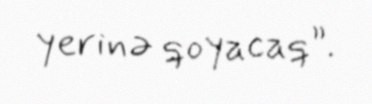
yerinə qoyacaq”.